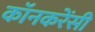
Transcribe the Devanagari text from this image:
कॉनकरेंसी